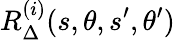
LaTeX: R_{\Delta}^{(i)}(s,\theta,s^{\prime},\theta^{\prime})